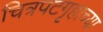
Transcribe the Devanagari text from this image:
चित्रपटगृहाच्या